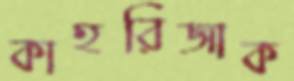
কাহরিজাক